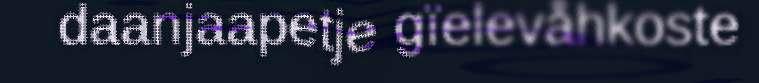
daanjaapetje gïelevåhkoste